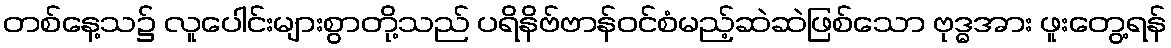
တစ်နေ့သ၌ လူပေါင်းများစွာတို့သည် ပရိနိဗ်ဗာန်ဝင်စံမည့်ဆဲဆဲဖြစ်သော ဗုဒ္ဓအား ဖူးတွေ့ရန်